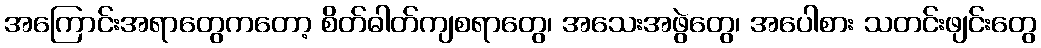
အကြောင်းအရာတွေကတော့ စိတ်ဓါတ်ကျစရာတွေ၊ အသေးအဖွဲတွေ၊ အပေါစား သတင်းဖျင်းတွေ